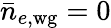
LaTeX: \bar{n}_{e,\mathrm{wg}}=0